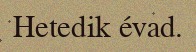
Hetedik évad.